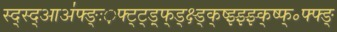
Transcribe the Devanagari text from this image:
स्द्स्द्आअ॑फ्ङ्ः़फ्ट्ट्ड़्फ्ड्क्ष्ड्क्ष्झ्झ्झ्क्ष्फ्॰फ्फ्ङ्